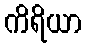
ကိရိယာ